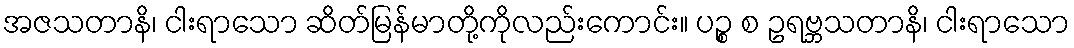
အဇသတာနိ၊ ငါးရာသော ဆိတ်မြန်မာတို့ကိုလည်းကောင်း။ ပဉ္စ စ ဥရဗ္ဘသတာနိ၊ ငါးရာသော